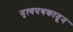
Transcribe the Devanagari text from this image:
नृत्यपथकातून